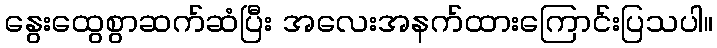
နွေးထွေစွာဆက်ဆံပြီး အလေးအနက်ထားကြောင်းပြသပါ။